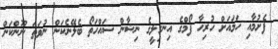
ފެށުމާއި ހަމައަށް ހުރިހާ ފޯމްގެ އިނގިލީގެ ނިޝާން ސައްހަތޯ ބެލޭނެކަން ނުވަތަ ނޫންކަން